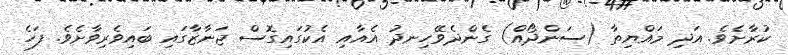
ކުރާށެވެ. އަދި މައްޔިތާ (ސަންދޯއް) ގެންދެވޭހިނދު އެއާއި އެކުގައިގޮސް ޖަނާޒާގައި ބައިވެރިވާށެވެ. ފަހެ